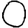
Digit: 0